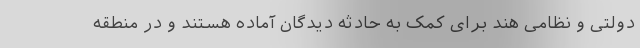
دولتی و نظامی هند برای کمک به حادثه دیدگان آماده هستند و در منطقه